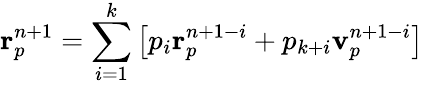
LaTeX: \mathbf{r}_{p}^{n+1}=\sum_{i=1}^{k}\left[p_{i}\mathbf{r}_{p}^{n+1-i}+p_{k+i}\mathbf{v}_{p}^{n+1-i}\right]